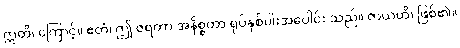
ဣတိ၊ ကြောင့်။ ဧတံ၊ ဤ ဇရတာ အနိစ္စတာ ရုပ်နှစ်ပါးအပေါင်း သည်။ ဇာယတိ၊ ဖြစ်၏။